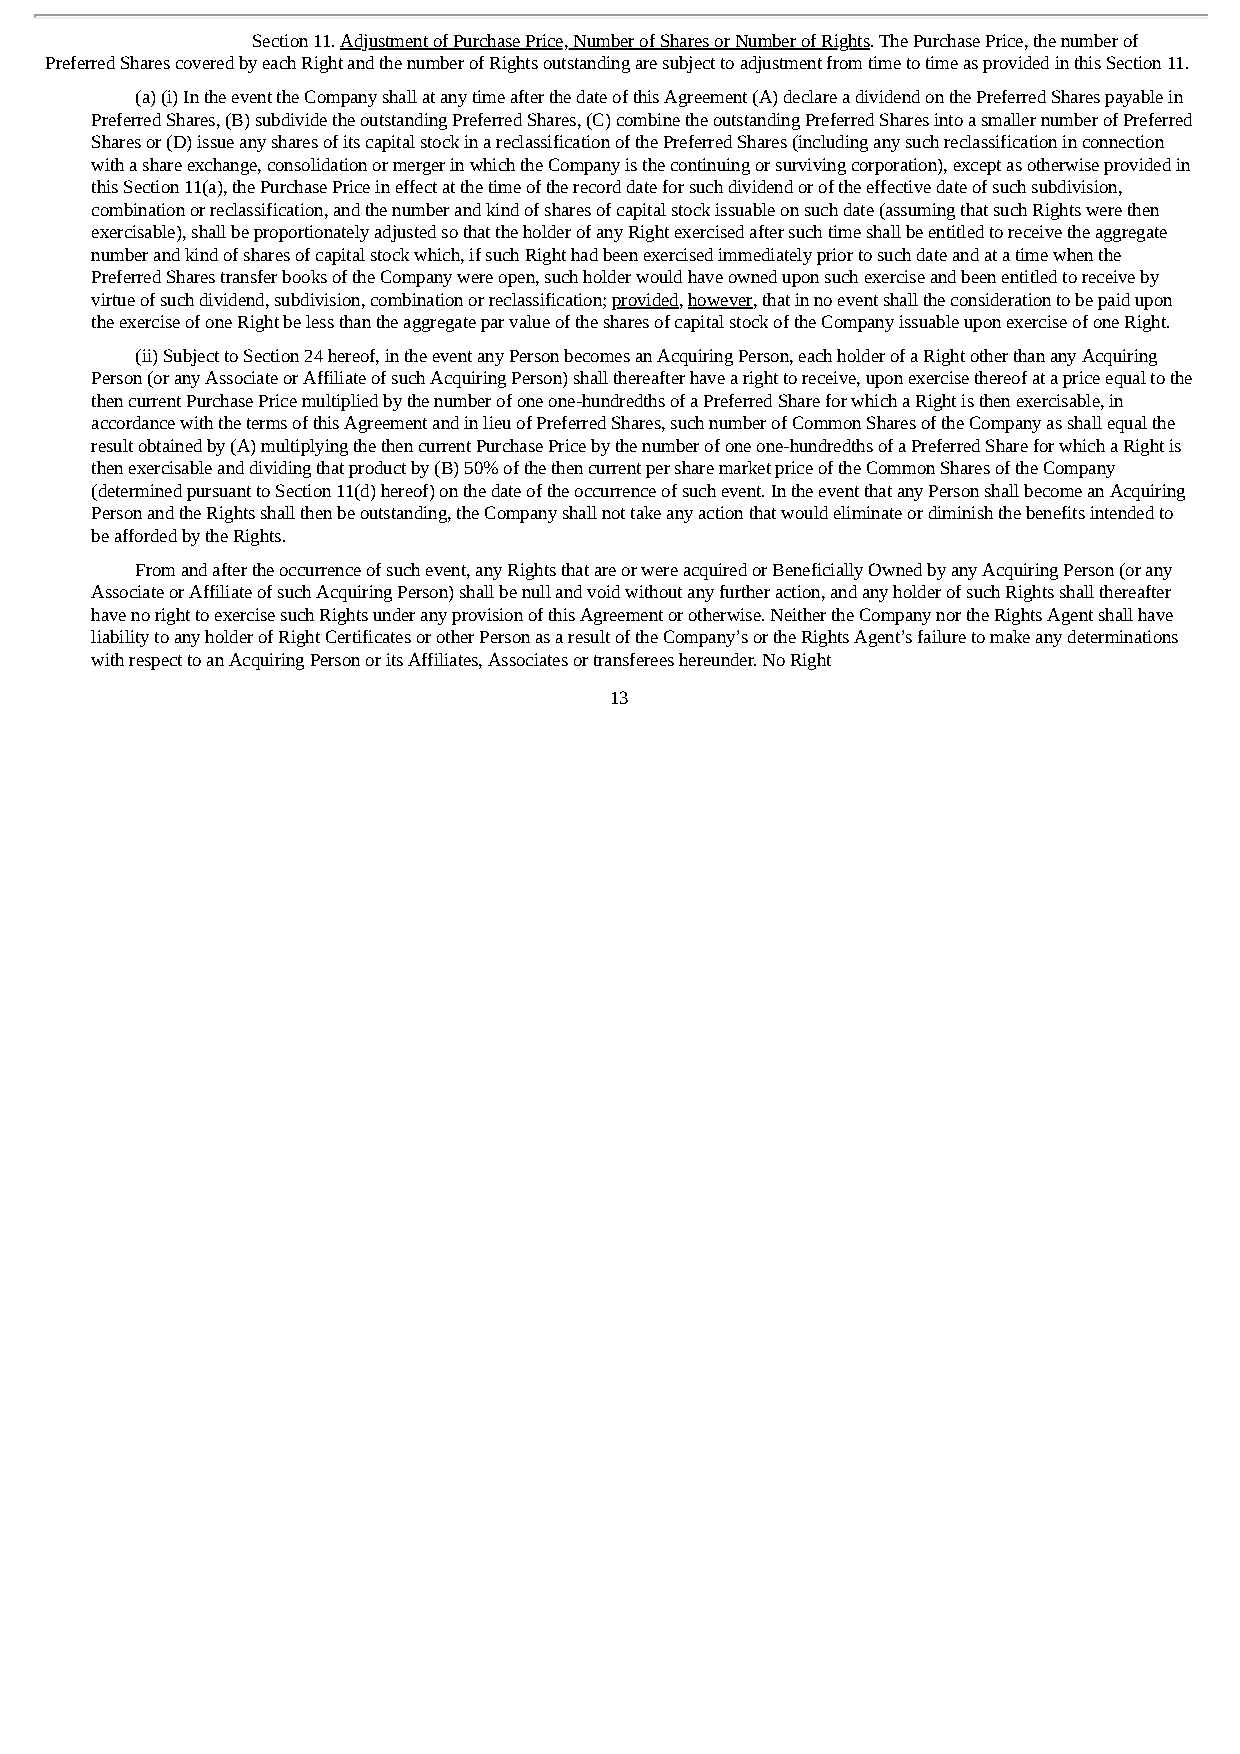
Section 11. Adjustment of Purchase Price, Number of Shares or Number of Rights. The Purchase Price, the number of
 Preferred Shares covered by each Right and the number of Rights outstanding are subject to adjustment from time to time as provided in this Section 11.
 (a) (i) In the event the Company shall at any time after the date of this Agreement (A) declare a dividend on the Preferred Shares payable in
 Preferred Shares, (B) subdivide the outstanding Preferred Shares, (C) combine the outstanding Preferred Shares into a smaller number of Preferred
 Shares or (D) issue any shares of its capital stock in a reclassification of the Preferred Shares (including any such reclassification in connection
 with a share exchange, consolidation or merger in which the Company is the continuing or surviving corporation), except as otherwise provided in
 this Section 11(a), the Purchase Price in effect at the time of the record date for such dividend or of the effective date of such subdivision,
 combination or reclassification, and the number and kind of shares of capital stock issuable on such date (assuming that such Rights were then
 exercisable), shall be proportionately adjusted so that the holder of any Right exercised after such time shall be entitled to receive the aggregate
 number and kind of shares of capital stock which, if such Right had been exercised immediately prior to such date and at a time when the
 Preferred Shares transfer books of the Company were open, such holder would have owned upon such exercise and been entitled to receive by
 virtue of such dividend, subdivision, combination or reclassification; provided, however, that in no event shall the consideration to be paid upon
 the exercise of one Right be less than the aggregate par value of the shares of capital stock of the Company issuable upon exercise of one Right.
 (ii) Subject to Section 24 hereof, in the event any Person becomes an Acquiring Person, each holder of a Right other than any Acquiring
 Person (or any Associate or Affiliate of such Acquiring Person) shall thereafter have a right to receive, upon exercise thereof at a price equal to the
 then current Purchase Price multiplied by the number of one one-hundredths of a Preferred Share for which a Right is then exercisable, in
 accordance with the terms of this Agreement and in lieu of Preferred Shares, such number of Common Shares of the Company as shall equal the
 result obtained by (A) multiplying the then current Purchase Price by the number of one one-hundredths of a Preferred Share for which a Right is
 then exercisable and dividing that product by (B) 50% of the then current per share market price of the Common Shares of the Company
 (determined pursuant to Section 11(d) hereof) on the date of the occurrence of such event. In the event that any Person shall become an Acquiring
 Person and the Rights shall then be outstanding, the Company shall not take any action that would eliminate or diminish the benefits intended to
 be afforded by the Rights.
 From and after the occurrence of such event, any Rights that are or were acquired or Beneficially Owned by any Acquiring Person (or any
 Associate or Affiliate of such Acquiring Person) shall be null and void without any further action, and any holder of such Rights shall thereafter
 have no right to exercise such Rights under any provision of this Agreement or otherwise. Neither the Company nor the Rights Agent shall have
 liability to any holder of Right Certificates or other Person as a result of the Company’s or the Rights Agent’s failure to make any determinations
 with respect to an Acquiring Person or its Affiliates, Associates or transferees hereunder. No Right
 13